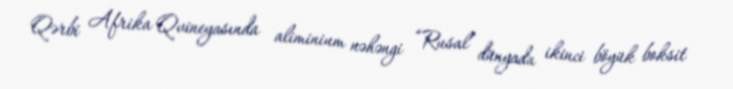
Qərbi Afrika Qvineyasında aliminium nəhəngi “Rusal” dünyada ikinci böyük boksit